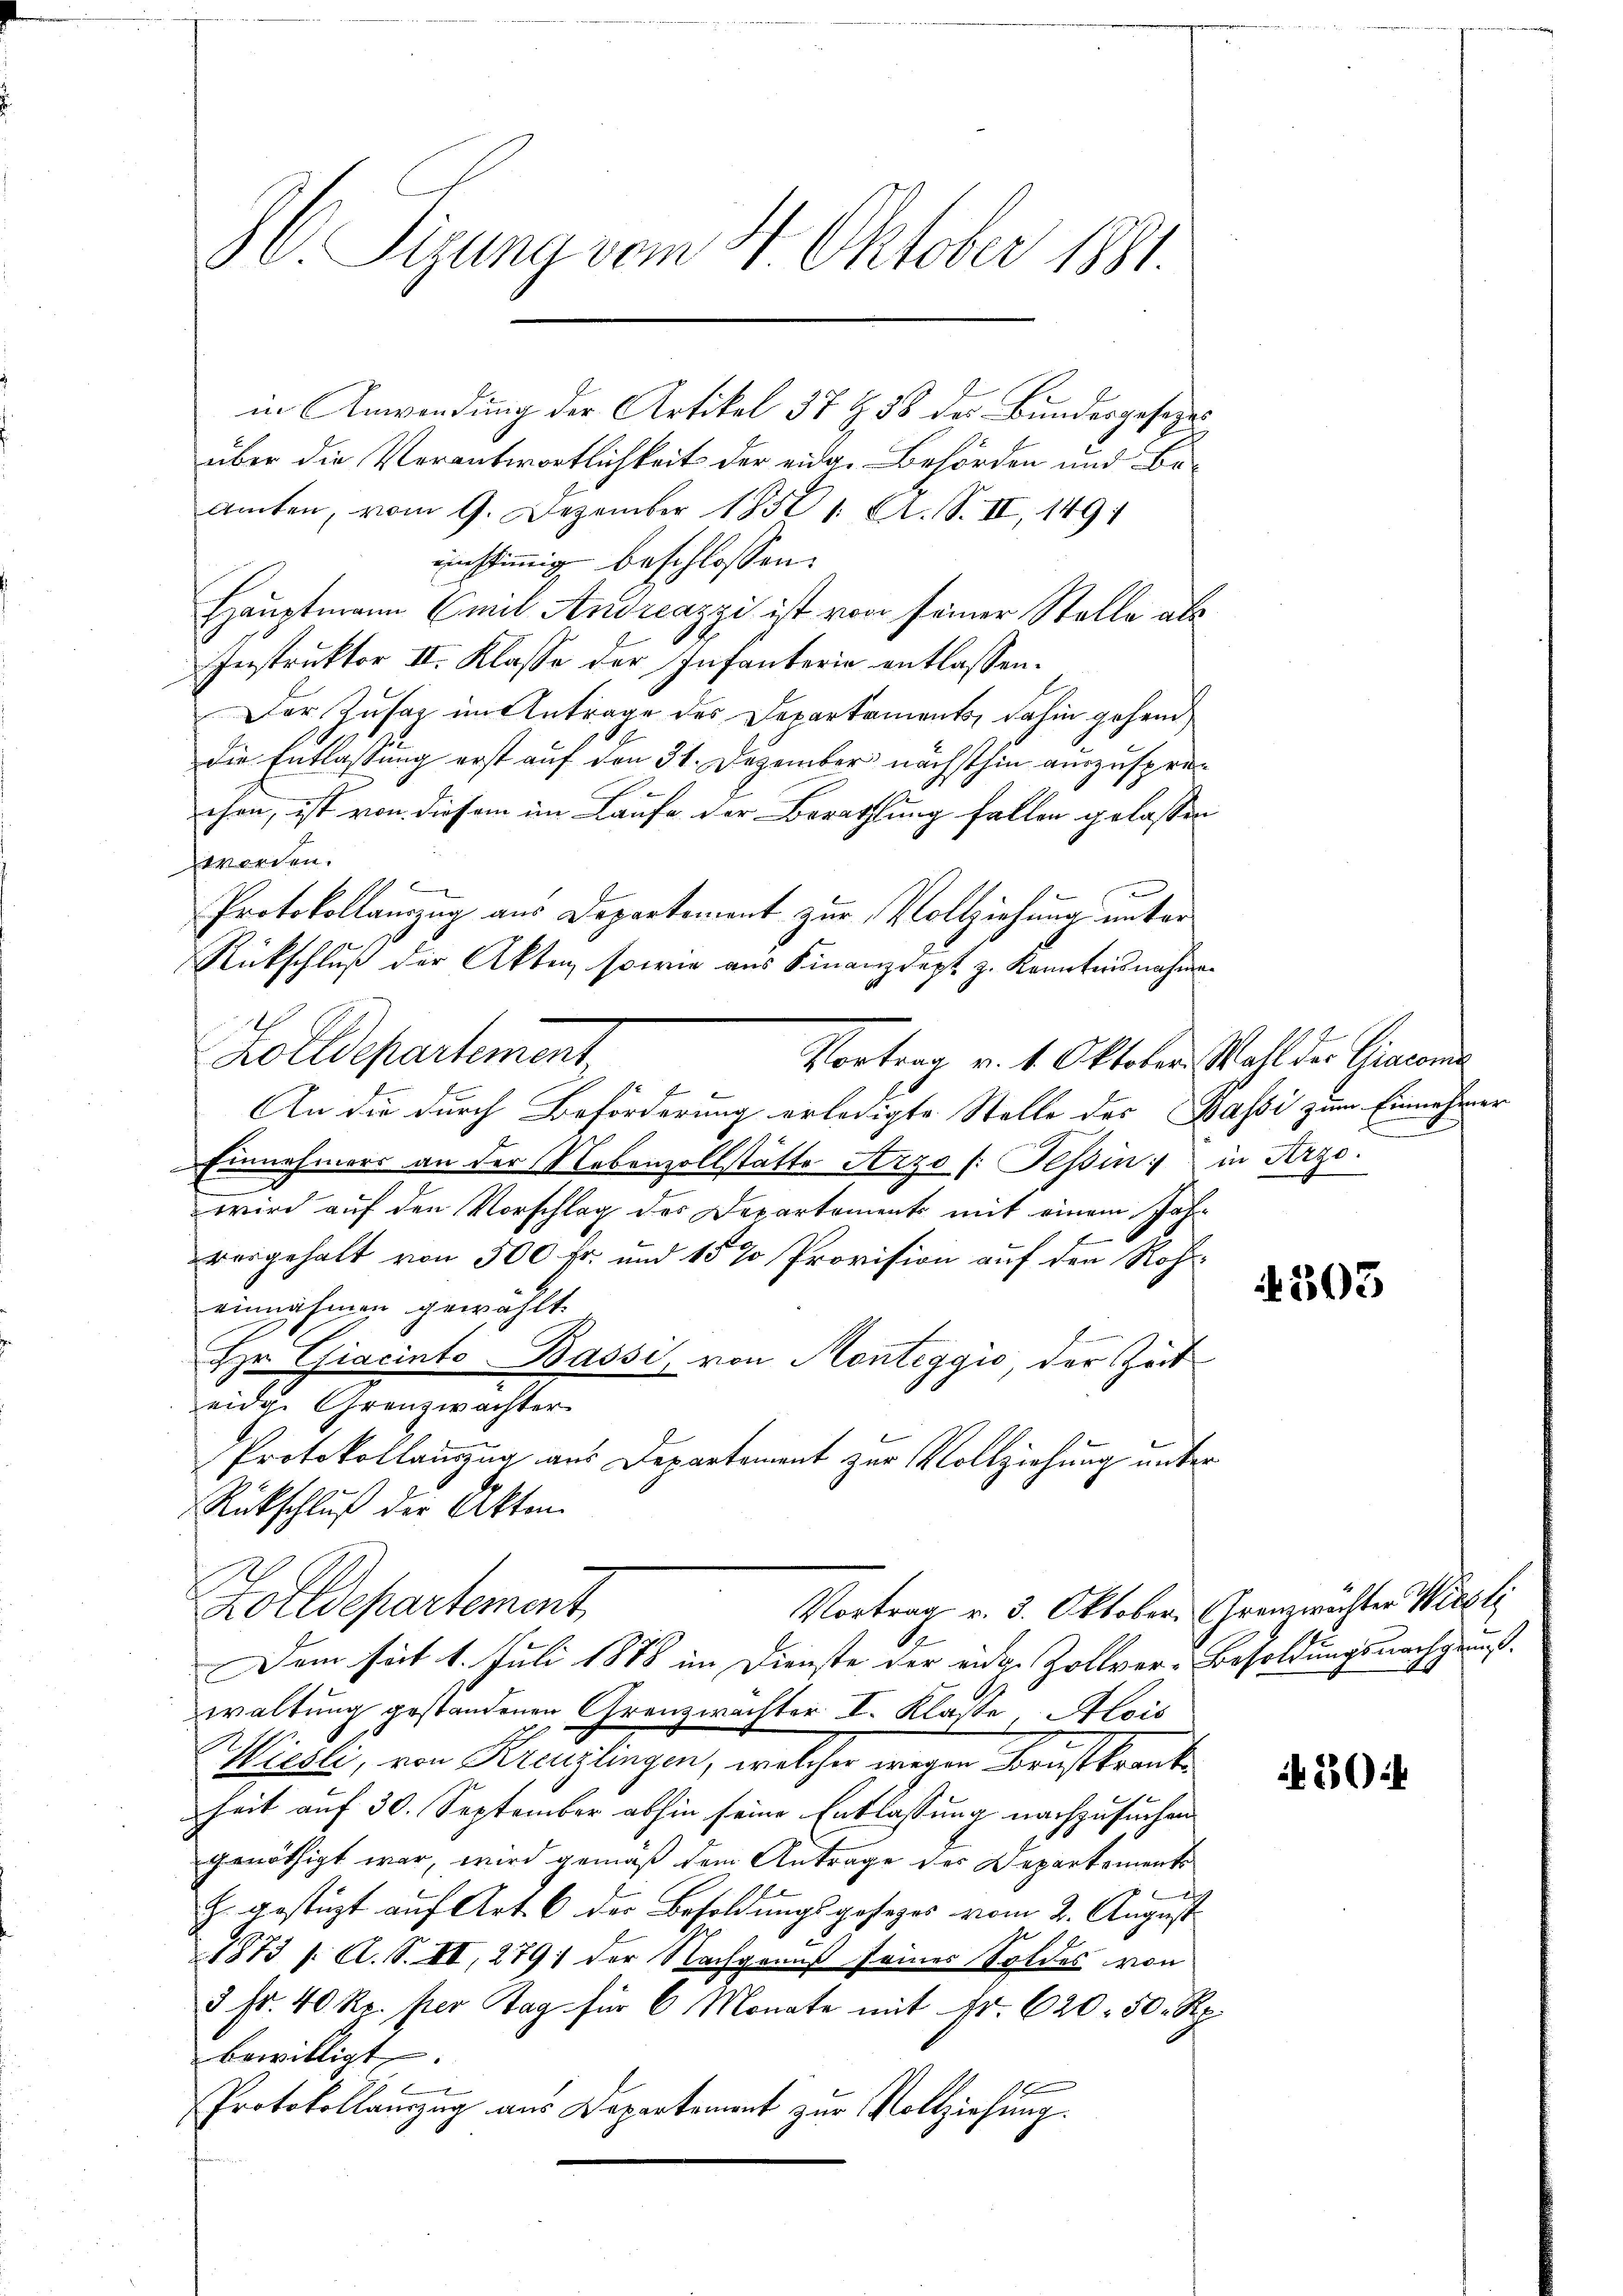
86 Sizung vom 4. Oktober 1881.

in Anwendung der Artikel 37 § 58 des Bundesgesezes
über die Verantwortlichkeit der eidg. Behörden und Beamten, vom 9. Dezember 18501. A. S. II, 149
einstimmig beschlossen:
Hauptmann Emil Andreazzi ist von seiner Stelle als
Instruktor II. Klasse der Infanterie entlassen.
Der Zusatz im Antrage des Departaments, dahin gehend
die Entlassung erst auf den 31. Dezember nächsthin auszuspräehen, ist von diesem im Laufe der Berathung fallen gelassen
worden.
Protokollanzug aus Departement zur Vollziehung unter
Rückschluß der Akten, sowie aus Finanzdept z. Kenntnisnahmen
An die durch Beförderung erledigte Stelle des Bassi zum Einnehmer
Einnehmers an der Nebenzollstätte Arzo (: Tessin in Arzo.
wird auf den Vorschlag des Departements mit einem Jahr
vergehalt von 500 fr. und 15 % Provision auf den Roheinnahmen gewählt.
Hr Giacinto Bassi, von Monteggio, der Zeit
eidige Grenzwachter
Protokollauszug aus Departement zur Vollziehung unter
Rückschluß der Akten.
Golldepartement
Vortrag v. 3. Oktober. Grenzwachten Wirkl
Dem seit 1. Juli 1888 im Dienste der eige Zollver-Besoldungsnachgruß.
waltung gestandenen Grenzwachter I. Klasse, Alois
Miesli, von Kreuzlingen, welcher wegen Brustkranke
heit auf 30. September abhin seine Entlassung nachzusuchen
genöthigt war, wird gemäß dem Antrage der Departement
A
H. gestüzt auf Art. 6 der Besoldungsgesezes vom 2. August
1873 s. A. S. II, 279) der Nachgenuß seines Soldes von
5 Fr. 40 Rp. per Tag für 6 Monate mit Fr. 620. 50. Rp.
bewilligt.
Protokollauszug aus Departement zur Vollziehung.

Zolldepartement,
Vortrag v. 1. Oktober. Wahl der Giacon

4303

50